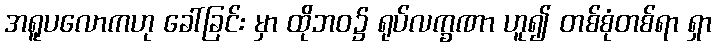
အရူပလောကဟု ခေါ်ခြင်း မှာ ထိုဘဝ၌ ရုပ်လက္ခဏာ ဟူ၍ တစ်စုံတစ်ရာ ရှာ